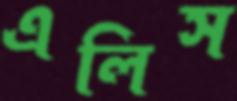
এলিস